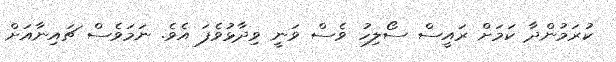
ކުރަމުންދާ ކަމަށް ރައީސް ސޯލިހު ވެސް ވަނީ ވިދާޅުވެފަ އެވެ. ނަމަވެސް ޗައިނާއަށް